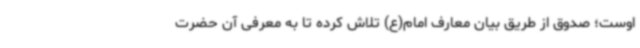
اوست؛ صدوق از طریق بیان معارف امام(ع) تلاش کرده تا به معرفی آن حضرت